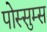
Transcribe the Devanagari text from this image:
पोस्सुम्स